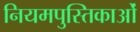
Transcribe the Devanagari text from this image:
नियमपुस्तिकाओं